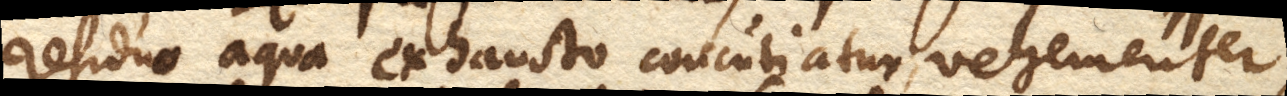
residuo aqua exhausto concutiatur vehementer,